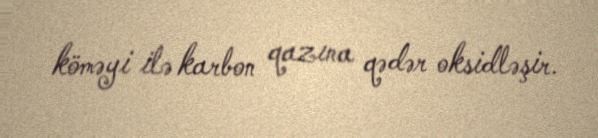
köməyi ilə karbon qazına qədər oksidləşir.